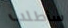
سأطلب